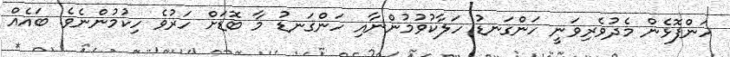
ހަންފޮޅެން މެދުވެރިވަނީ ހަންގަނޑު ހަލާކުވުމުންނާއި ހަންގަނޑު މާ ބޮޑަށް ހަރުވެ ހިކުމުންނެވެ. ބައެއް